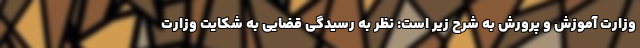
وزارت آموزش و پرورش به شرح زیر است: نظر به رسیدگی قضایی به شکایت وزارت